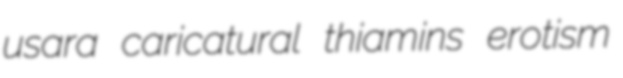
usara caricatural thiamins erotism